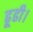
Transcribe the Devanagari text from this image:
ढूढी।